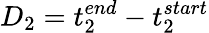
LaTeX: D_{2}=t_{2}^{end}-t_{2}^{start}